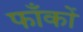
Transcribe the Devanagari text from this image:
फाँकों